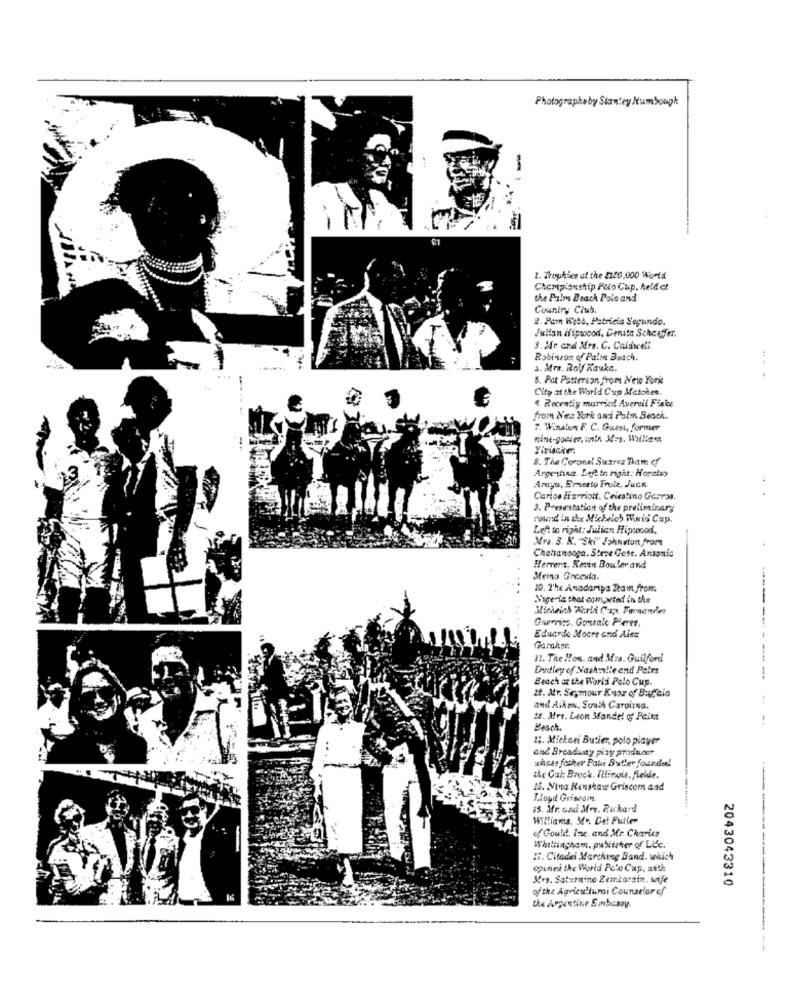
Photographeby Stanley /tumbough
-
1. Trophies at the 21.50,000 World
Championship Polo Cup, held ct
the Palm Beach Polo and
Country Club.
2. Pam Withb, Patricia Segundo.
Julian ifipwood, Denita Scheefer.
3. Mr and Mrs. C. Caldwell
Robison of Palm Beach.
a. Mra. Rolf Kauko.
5. Pat Patterson from New York
City at the World Cup Metokes.
4. Recently married Averell Fialoc
from New York and Palm Beach.
7. Wind'un F. C. Guest, former
mine-gocier, unta Mos. Willige
Yirische.
8. The Coronel Suarez Tham ef
Argetting Left to right: Horchen
Amuyu, Ermetto Truiz, Juck
Carlos Harriott. Ceicatino Garras,
3. Presentation of the preliminary
round In the Michelos Woris Cap.
Left to right: Julien Hipsocod,
Mra. S. K. "Ski" Johnston front
Chattanooga. Steve Gote, Antonie
Herrera, Kevin Bowler and
Memo Greevla.
10. 2%s Anadariya Ztam from
Nigeria that commeted in the
-----
Micheich World Cup. Fernandes
Guerrics. Gonzalo Pleres
Eduarde Moore and Alex
Garaher.
11. The Hon. and Mrs. Guilford
Entley of Nashi !! e and Paint
-
Beach at the World Polo Cup.
If. Mr. Seymour Kuor of Burcio
and Aiken, South Carolina.
28. Mre. Leon Mandel of Paint
Beach.
1 ;. Mickani Butier, polo player
and Breadsony piay producer
chass father Pau Butler fourde!
the Cal: Brock. Illinois, fielde.
15. Nina Renshaw Griscom and
Lloyd Griecom
15. Mr. and Mrs. Rickard
Williams, M ., De! Futter
of Gould, Inc. and Mr. Charice
Whittingham, publisher of Life.
5. Citadel Marchweg Band. which
opened the World Polo Cup, auch
Mrs. Saturnino Zemboratn, wife
2043043310
ofthe Agriculturai Counselor of
the Argentine Sanbasey.